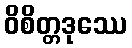
ဝိစိတ္တဒုဿေ